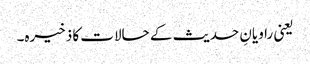
یعنی راویانِ حدیث کے حالات کا ذخیرہ۔